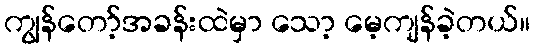
ကျွန်တော့်အခန်းထဲမှာ သော့ မေ့ကျန်ခဲ့တယ်။